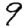
Digit: 9